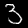
Label: 3